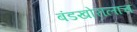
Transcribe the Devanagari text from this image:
बंडखोरालाच